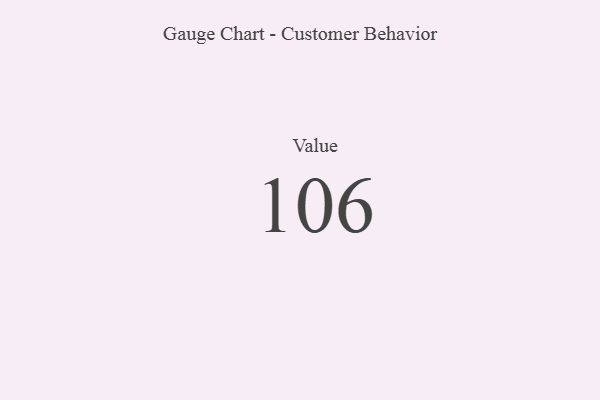
{"axis": {"x": "Metric", "y": "Value"}, "legend": [""], "data": [{"x": "Value", "y": 106, "type": ""}]}